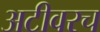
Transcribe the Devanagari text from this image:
अटीवरच